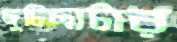
ছুটিছাটার